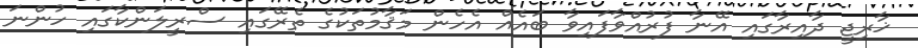
ޚާރިޖީ ދާއިރާގައި އޭނާ ފުރުއްވާފައިވާ ބައެއް އެހެން މަޤާމުތަކުގެ ތެރޭގައި ސްރީލަންކާގައި ހުންނަ